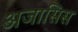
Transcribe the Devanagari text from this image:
अजासिस